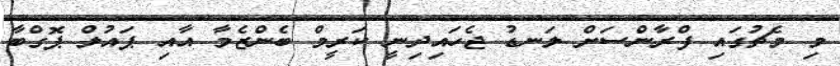
މި މެޗުގައި ފްރާންސަށް ލަނޑު ޖެހައިދިނީ ކަރީމް ބެންޒެމާ އާއި ޕައުލް ޕޮގްބާ